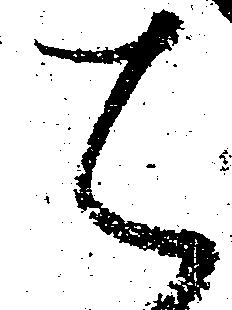
可